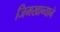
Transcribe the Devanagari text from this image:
जिमखान्याने